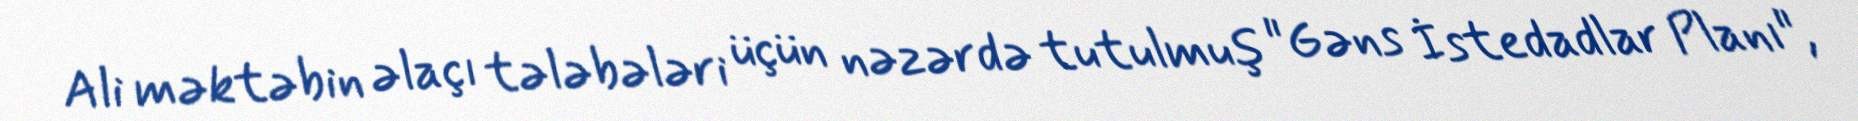
Ali məktəbin əlaçı tələbələri üçün nəzərdə tutulmuş "Gəns İstedadlar Planı",